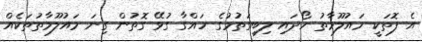
އެ ފޮތަކީ މައުލޫމާތު ހޯދައި ލިބިގަތުމުގެ ހައްގާ ގުޅޭ ގޮތުން ގިނަ މައުލޫމާތުތަކެއް